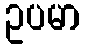
ဥပမာ